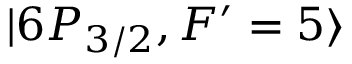
| 6 P _ { 3 / 2 } , F ^ { \prime } = 5 \rangle